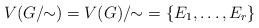
LaTeX: \begin{align*}V(G/\!\!\sim) = V(G)/\!\!\sim\ = \{E_1,\dots,E_r\}\end{align*}